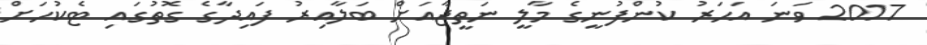
2017 ވަނަ އަހަރު ކުންފުނީގެ މާލީ ނަތީޖާއަށް ބަލާއިރު ފައިދާގެ ގޮތުގައި ޓެކުހަށް